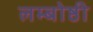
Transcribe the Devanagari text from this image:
लम्बोष्ठी